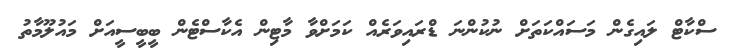
ސްކާޓް ލައިގެން މަސައްކަތަށް ނުކުންނަ ޑްރައިވަރެއް ކަމަށްވާ މާޓިން އެކާސްޓެން ބީބީސީއަށް މައުލޫމާތު